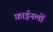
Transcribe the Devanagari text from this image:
फ़ाईनलों